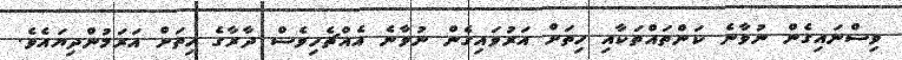
ވިސްނައިގެން ނުވާނެ ކަންތައްތަކާއި ހިތަށް އަރުވައިގެން ނުވާނެ އެއްޗެހިވެސް ދާރާގެ ހިތަށް އަރަމުންދިޔައެވެ.